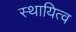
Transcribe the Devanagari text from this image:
स्थायित्‍व